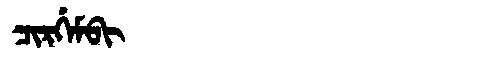
Manchu: ᠴᡳᡵᡤᡝᠮᠪᡳ
Romanization: CIRGEMBI